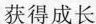
获得成长